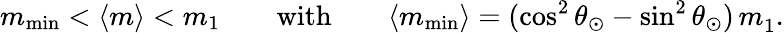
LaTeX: m_{\operatorname*{min}}<\langle m\rangle<m_{1}\qquad\mathrm{with}\qquad\langle m_{\operatorname*{min}}\rangle=(\cos^{2}\theta_{\odot}-\sin^{2}\theta_{\odot})\, m_{1}^{}.